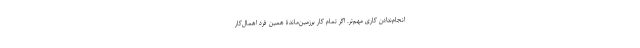
انجام‌ندادن کاری مهم‌تر. اگر تمام کارِ برزمین‌ماندۀ همین فرد اهمال‌کار